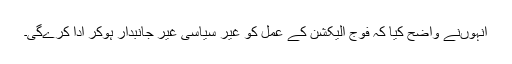
انہوںنے واضح کیا کہ فوج الیکشن کے عمل کو غیر سیاسی غیر جانبدار ہوکر ادا کرےگی۔